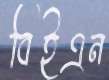
বিইএন